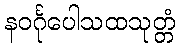
နဝင်္ဂုပေါသထသုတ္တံ